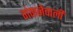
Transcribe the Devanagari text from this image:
गंवानेवाली